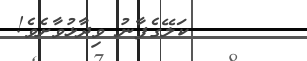
ކަލޭގެފާނު ވިދާޅުވާށެވެ!